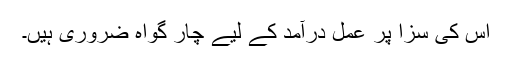
اس کی سزا پر عمل درآمد کے لیے چار گواہ ضروری ہیں۔